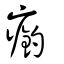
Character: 瘹